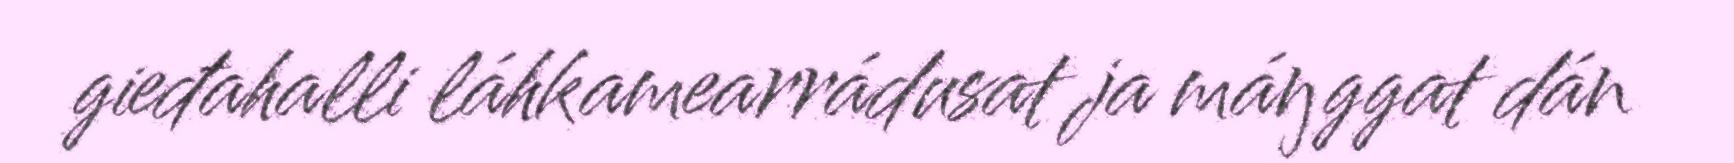
gieđahalli láhkamearrádusat ja máŋggat dán